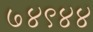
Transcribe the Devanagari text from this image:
७४९४४